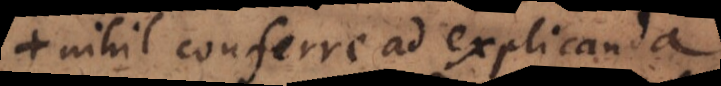
nihil conferre ad explicanda